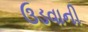
ઉડવાની